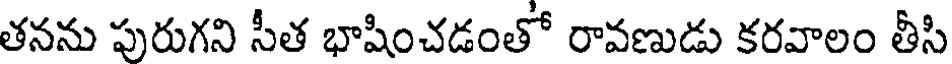
తనను పురుగని సీత భాషించడంతో రావణుడు కరవాలం తీసి